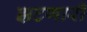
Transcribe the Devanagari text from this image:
झटणारी